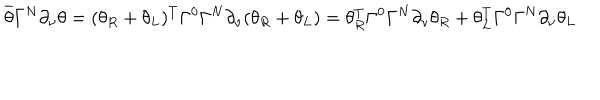
\overline { { { \theta } } } \Gamma ^ { N } \partial _ { \nu } \theta = ( \theta _ { R } + \theta _ { L } ) ^ { T } \Gamma ^ { 0 } \Gamma ^ { N } \partial _ { \nu } ( \theta _ { R } + \theta _ { L } ) = \theta _ { R } ^ { T } \Gamma ^ { 0 } \Gamma ^ { N } \partial _ { \nu } \theta _ { R } + \theta _ { L } ^ { T } \Gamma ^ { 0 } \Gamma ^ { N } \partial _ { \nu } \theta _ { L }